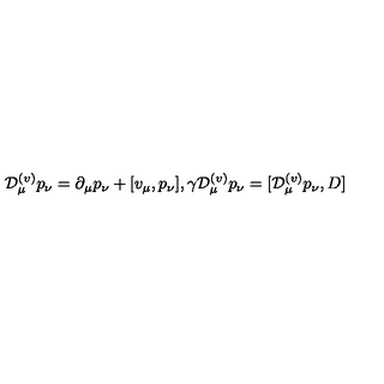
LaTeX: { \cal D } _ { \mu } ^ { ( v ) } p _ { \nu } = \partial _ { \mu } p _ { \nu } + [ v _ { \mu } , p _ { \nu } ] , \gamma { \cal D } _ { \mu } ^ { ( v ) } p _ { \nu } = [ { \cal D } _ { \mu } ^ { ( v ) } p _ { \nu } , D ]